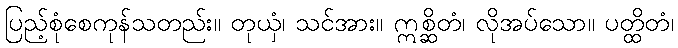
ပြည့်စုံစေကုန်သတည်း။ တုယှံ၊ သင်အား။ ဣစ္ဆိတံ၊ လိုအပ်သော။ ပတ္ထိတံ၊